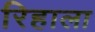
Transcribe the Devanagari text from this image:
रिहाला